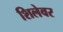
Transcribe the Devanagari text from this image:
शिलेवर